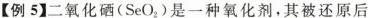
【例5】二氧化硒(SeO_{2})是一种氧化剂，其被还原后